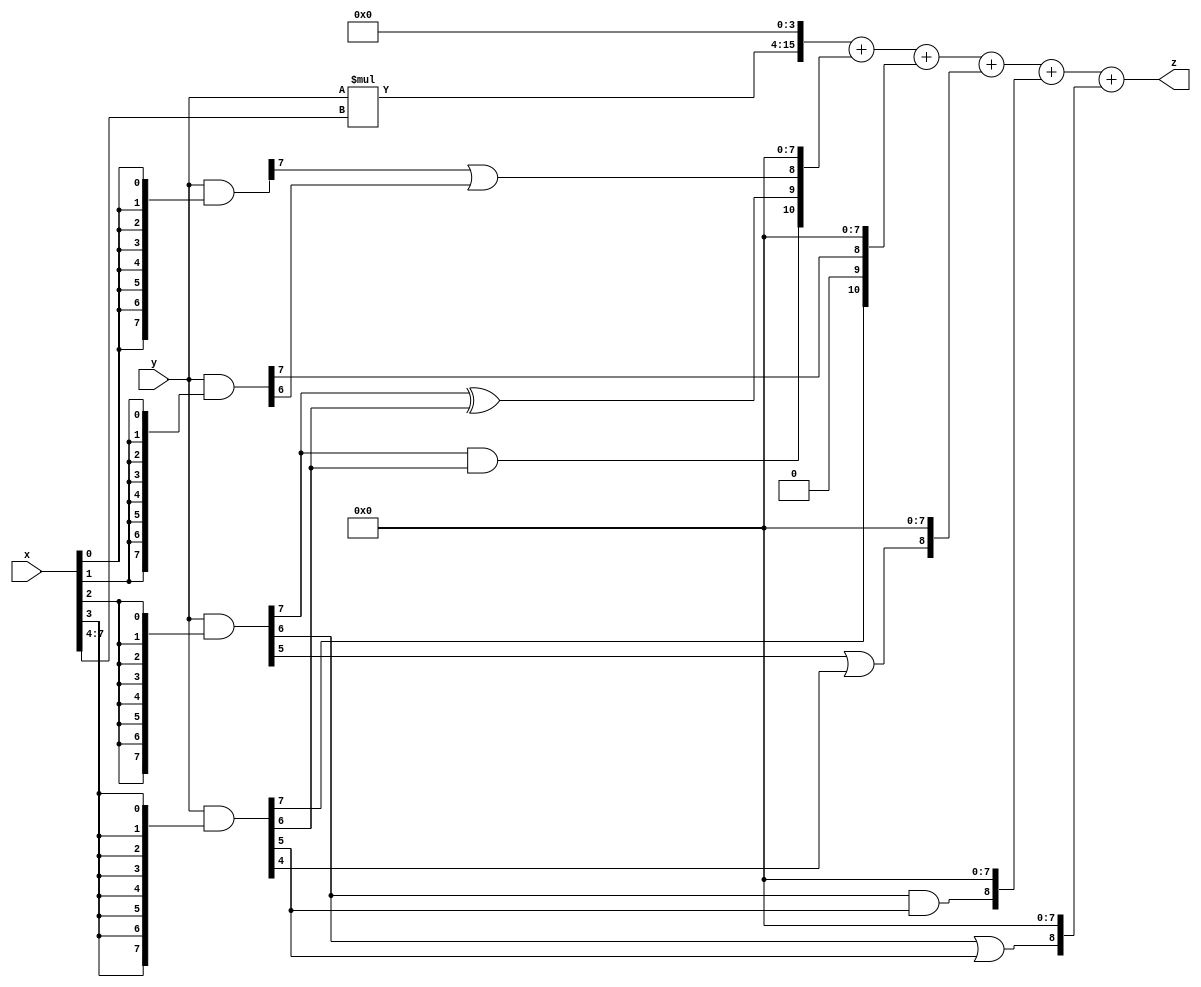
// terms: 8
// fval:  91386.25

module unsigned_8x8_l4_lamb10000_7 (
	input [7:0] x,
	input [7:0] y,
	output [15:0] z
);

wire [11:0] tmp_z = y*x[7:4];

wire [7:0] part1 =  y & {8{x[0]}};
wire [7:0] part2 =  y & {8{x[1]}};
wire [7:0] part3 =  y & {8{x[2]}};
wire [7:0] part4 =  y & {8{x[3]}};

wire [10:0] new_part1;
assign new_part1[0] = 0;
assign new_part1[1] = 0;
assign new_part1[2] = 0;
assign new_part1[3] = 0;
assign new_part1[4] = 0;
assign new_part1[5] = 0;
assign new_part1[6] = 0;
assign new_part1[7] = 0;
assign new_part1[8] = part1[7] | part2[6];
assign new_part1[9] = part3[7] ^ part4[6];
assign new_part1[10] = part3[7] & part4[6];

wire [10:0] new_part2;
assign new_part2[0] = 0;
assign new_part2[1] = 0;
assign new_part2[2] = 0;
assign new_part2[3] = 0;
assign new_part2[4] = 0;
assign new_part2[5] = 0;
assign new_part2[6] = 0;
assign new_part2[7] = 0;
assign new_part2[8] = part2[7];
assign new_part2[9] = 0;
assign new_part2[10] = part4[7];

wire [8:0] new_part3;
assign new_part3[0] = 0;
assign new_part3[1] = 0;
assign new_part3[2] = 0;
assign new_part3[3] = 0;
assign new_part3[4] = 0;
assign new_part3[5] = 0;
assign new_part3[6] = 0;
assign new_part3[7] = 0;
assign new_part3[8] = part3[5] | part4[4];

wire [8:0] new_part4;
assign new_part4[0] = 0;
assign new_part4[1] = 0;
assign new_part4[2] = 0;
assign new_part4[3] = 0;
assign new_part4[4] = 0;
assign new_part4[5] = 0;
assign new_part4[6] = 0;
assign new_part4[7] = 0;
assign new_part4[8] = part3[6] & part4[5];

wire [8:0] new_part5;
assign new_part5[0] = 0;
assign new_part5[1] = 0;
assign new_part5[2] = 0;
assign new_part5[3] = 0;
assign new_part5[4] = 0;
assign new_part5[5] = 0;
assign new_part5[6] = 0;
assign new_part5[7] = 0;
assign new_part5[8] = part3[6] | part4[5];

assign z = {tmp_z, 4'd 0} + new_part1 + new_part2 + new_part3 + new_part4 + new_part5;
endmodule